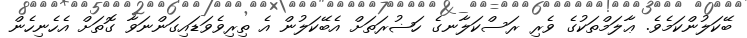
ބޭކަލުންކަމެވެ. ޢާލަމްތަކުގެ ވެރި ރަސްކަލާނގެ ހަޟުރަތަށް އެބޭކަލުން އެ ތިރިވެވަޑައިގަންނަވާ ގޮތަށް އެހެނިހެން